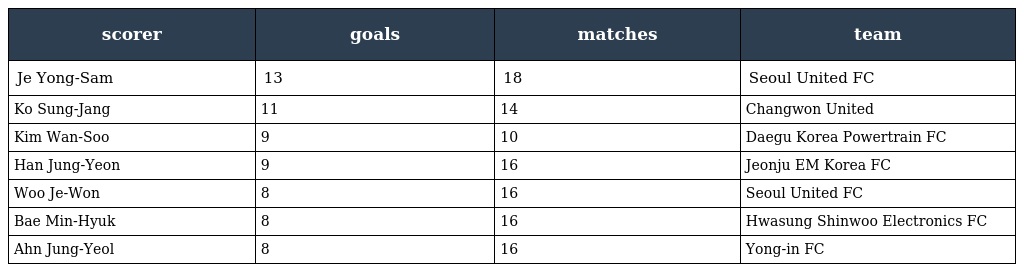
| scorer | goals | matches | team |
 | --- | --- | --- | --- |
 | Je Yong-Sam | 13 | 18 | Seoul United FC |
 | Ko Sung-Jang | 11 | 14 | Changwon United |
 | Kim Wan-Soo | 9 | 10 | Daegu Korea Powertrain FC |
 | Han Jung-Yeon | 9 | 16 | Jeonju EM Korea FC |
 | Woo Je-Won | 8 | 16 | Seoul United FC |
 | Bae Min-Hyuk | 8 | 16 | Hwasung Shinwoo Electronics FC |
 | Ahn Jung-Yeol | 8 | 16 | Yong-in FC |